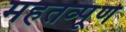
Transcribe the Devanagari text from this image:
महतव्पूर्ण